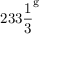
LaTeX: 2 3 3 { \frac { 1 } { 3 } } ^ { \mathrm { g } }